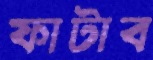
ফাটাব